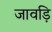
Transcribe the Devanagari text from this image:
जावड़ि